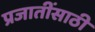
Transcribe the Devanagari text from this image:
प्रजातींसाठी